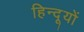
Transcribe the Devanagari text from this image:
हिन्दूयों